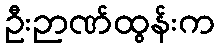
ဦးဉာဏ်ထွန်းက